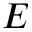
E